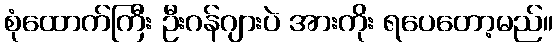
စုံထောက်ကြီး ဦးဂန်ဂျားပဲ အားကိုး ရပေတော့မည်။